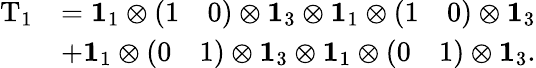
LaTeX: \begin{array}{rl}{\mathrm{T}_{1}}&{=\mathbf{1}_{1}\otimes\left(\begin{array}{ll}{1}&{0}\end{array}\right)\otimes\mathbf{1}_{3}\otimes\mathbf{1}_{1}\otimes\left(\begin{array}{ll}{1}&{0}\end{array}\right)\otimes\mathbf{1}_{3}}\\ &{+\mathbf{1}_{1}\otimes\left(\begin{array}{ll}{0}&{1}\end{array}\right)\otimes\mathbf{1}_{3}\otimes\mathbf{1}_{1}\otimes\left(\begin{array}{ll}{0}&{1}\end{array}\right)\otimes\mathbf{1}_{3}.}\end{array}